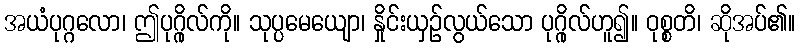
အယံပုဂ္ဂလော၊ ဤပုဂ္ဂိုလ်ကို။ သုပ္ပမေယျော၊ နှိုင်းယှဉ်လွယ်သော ပုဂ္ဂိုလ်ဟူ၍။ ဝုစ္စတိ၊ ဆိုအပ်၏။